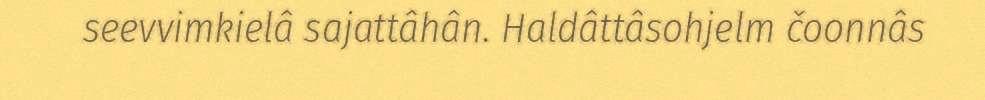
seevvimkielâ sajattâhân. Haldâttâsohjelm čoonnâs